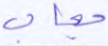
حجاب